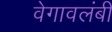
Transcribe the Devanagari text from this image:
वेगावलंबी